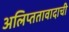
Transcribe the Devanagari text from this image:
अलिप्ततावादाची